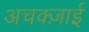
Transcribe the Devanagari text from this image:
अचक्ज़ाई